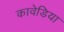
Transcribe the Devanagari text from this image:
कावेडिया